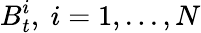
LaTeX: B_{t}^{i},\ i=1,...,N